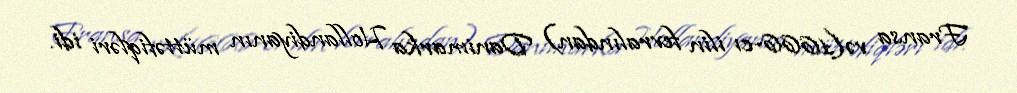
Fransa və(1666-cı ilin fevralından) Danimarka Hollandiyanın müttəfiqləri idi.